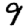
Digit: 9